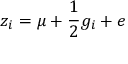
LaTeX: z _ { i } = \mu + { \frac { 1 } { 2 } } g _ { i } + e